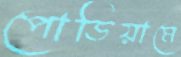
পোডিয়ামে